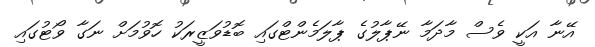
އޭނާ އަކީ ވެސް މާދަމާ ނޭޕާލުގެ ޕާލަމެންޓްގައި ބޮޑުވަޒީރަކު ހޮވުމަށް ނަގާ ވޯޓުގައި